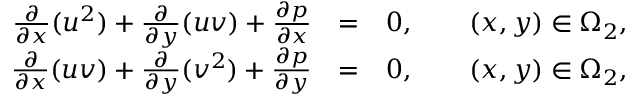
\begin{array} { r l r } { \frac { \partial } { \partial x } ( u ^ { 2 } ) + \frac { \partial } { \partial y } ( u v ) + \frac { \partial p } { \partial x } } & { = } & { 0 , \qquad ( x , y ) \in \Omega _ { 2 } , } \\ { \frac { \partial } { \partial x } ( u v ) + \frac { \partial } { \partial y } ( v ^ { 2 } ) + \frac { \partial p } { \partial y } } & { = } & { 0 , \qquad ( x , y ) \in \Omega _ { 2 } , } \end{array}